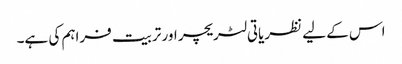
اس کے لیے نظریاتی لٹریچر اور تربیت فراہم کی ہے۔